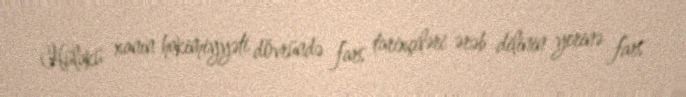
Hülakü xanın hakimiyyəti dövründə fars tarixçiləri ərəb dilinin yerinə fars